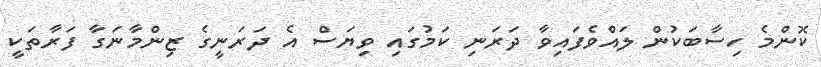
ކޮންމެ ހިސާބަކުން ލައްވެފައިވާ ދަރަނި ކަމުގައި ވިޔަސް އެ ދަރަނީގެ ޒިންމާނަގާ ފަރާތަކީ